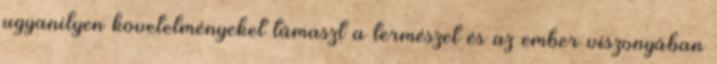
ugyanilyen követelményeket támaszt a természet és az ember viszonyában